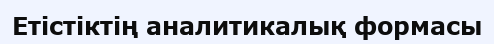
Етістіктің аналитикалық формасы